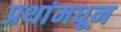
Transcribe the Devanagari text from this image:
प्रथांमधून